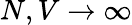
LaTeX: N,V\to\infty